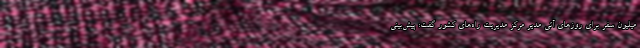
میلیون سفر برای روزهای آتی مدیر مرکز مدیریت راه‌های کشور گفت: پیش‌بینی